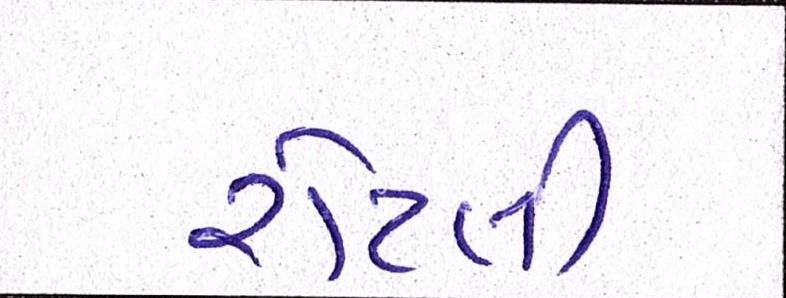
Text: રોટલી